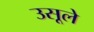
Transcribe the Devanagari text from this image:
उसूले